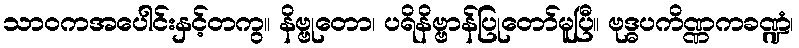
သာဝကအပေါင်းနှင့်တကွ။ နိဗ္ဗုတော၊ ပရိနိဗ္ဗာန်ပြုတော်မူပြီ။ ဗုဒ္ဓပကိဏ္ဏကခဏ္ဍံ၊